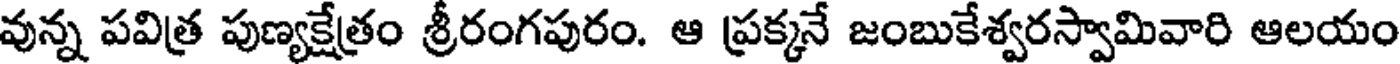
వున్న పవిత్ర పుణ్యక్షేత్రం శ్రీరంగపురం. ఆ ప్రక్కనే జంబుకేశ్వరస్వామివారి ఆలయం